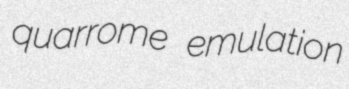
quarrome emulation